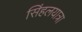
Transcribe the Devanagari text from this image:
सिंहलयात्रा